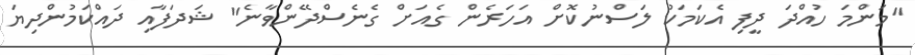
"މަންމަ ހުއްދަ ދީފި އެކަމަކު ލަސްނުކޮށް އަހަރެން ގެއަށް ގެނެސްދޭންވާނެ" ޝަދަފާއި ދައްކަމުންދިޔަ